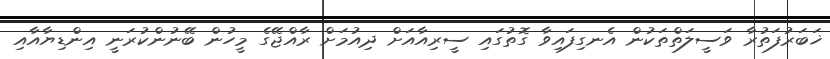
ޚަބަރުފަތުރާ ވަސީލަތްތަކުން އެނގިފައިވާ ގޮތުގައި ސީރިއާއަށް ދިއުމަށް ރާއްޖޭގެ މީހުން ބޭނުންކުރަނީ އިންޑިޔާއާއި